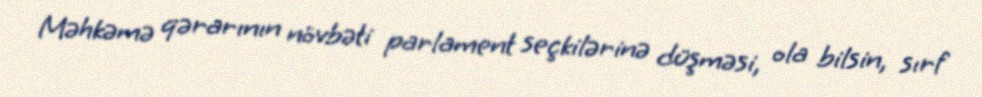
Məhkəmə qərarının növbəti parlament seçkilərinə düşməsi, ola bilsin, sırf